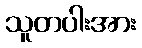
သူတပါးအား